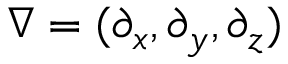
\nabla = ( \partial _ { x } , \partial _ { y } , \partial _ { z } )